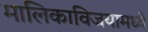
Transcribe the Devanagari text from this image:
मालिकाविजयामध्ये